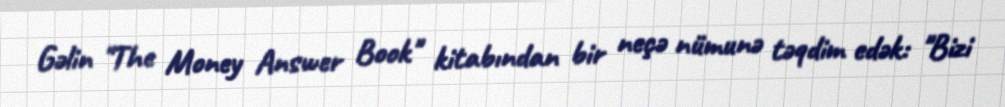
Gəlin "The Money Answer Book" kitabından bir neçə nümunə təqdim edək: "Bizi